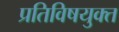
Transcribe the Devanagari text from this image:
प्रतिविषयुक्त